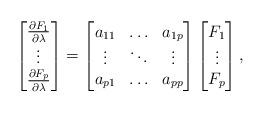
LaTeX: \begin{align*}\begin{bmatrix}\frac{\partial F_1}{\partial \lambda}\\\vdots \\\frac{\partial F_p}{\partial \lambda}\end{bmatrix}&=\begin{bmatrix}a_{11} & \ldots & a_{1p} \\\vdots & \ddots & \vdots \\a_{p1} & \ldots & a_{pp} \end{bmatrix}\begin{bmatrix}F_1 \\\vdots\\F_p\end{bmatrix}, \end{align*}